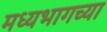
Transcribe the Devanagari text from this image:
मध्‍यभागच्या